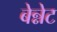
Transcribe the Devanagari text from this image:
बेन्नेट